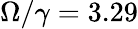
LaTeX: \Omega/\gamma=3.29